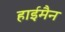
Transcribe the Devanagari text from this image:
हाईमैन